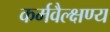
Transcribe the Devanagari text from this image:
कर्मवैल्क्षण्य